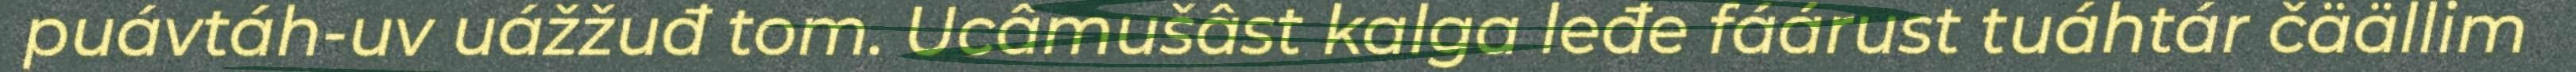
puávtáh-uv uážžuđ tom. Ucâmušâst kalga leđe fáárust tuáhtár čäällim